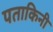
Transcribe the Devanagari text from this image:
पताकिनी